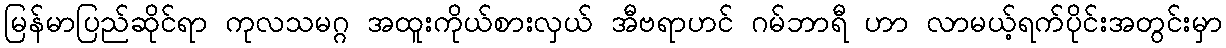
မြန်မာပြည်ဆိုင်ရာ ကုလသမဂ္ဂ အထူးကိုယ်စားလှယ် အီဗရာဟင် ဂမ်ဘာရီ ဟာ လာမယ့်ရက်ပိုင်းအတွင်းမှာ